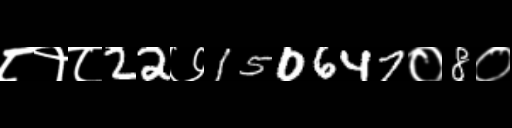
Text: ८१८22७150647०8०